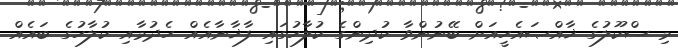
މި ސްކޫލުގެ ޚާއްޞައެހީއަށް ބޭނުންވާ ކުދިންގެ ކުލާހުގައި ފާޚާނާއެއް ހެދުމާއި ކުލާހުގެ ބައެއް